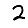
Digit: 2